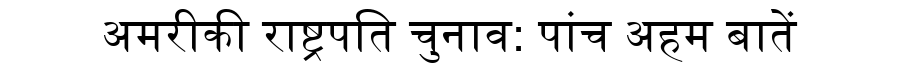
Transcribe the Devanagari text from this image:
अमरीकी राष्ट्रपति चुनाव: पांच अहम बातें